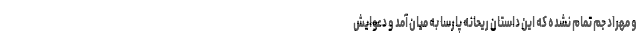
و مهراد جم تمام نشده که این داستان ریحانه پارسا به میان آمد و دعوایش